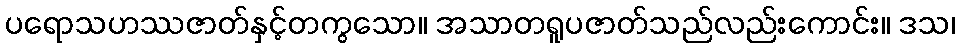
ပရောသဟဿဇာတ်နှင့်တကွသော။ အသာတရူပဇာတ်သည်လည်းကောင်း။ ဒသ၊